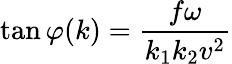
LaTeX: \tan\varphi(k)=\frac{f\omega}{k_{1}k_{2}v^{2}}